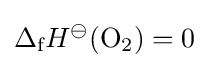
\Delta _{\text{f}}H^{\ominus }({\text{O}}_{2})=0